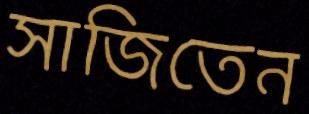
সাজিতেন